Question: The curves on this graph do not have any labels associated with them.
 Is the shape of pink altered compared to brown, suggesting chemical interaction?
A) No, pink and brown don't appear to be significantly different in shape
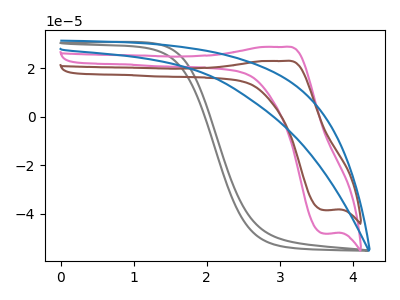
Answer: <think>The gray curve "gray" has no peaks. The pink curve "pink" has an anodic peak at (3.05V, 28.85uA) and a cathodic peak at (3.60V, -48.20uA). The brown curve "brown" has an anodic peak at (3.05V, 23.05uA) and a cathodic peak at (3.60V, -38.55uA). The blue curve "blue" has no peaks.
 All the peaks in "pink" have a peak in "brown" at the same potential. Every peak in "pink" is higher than every peak in "brown".</think>
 <answer>A) No, "pink" and "brown" don't appear to be significantly different in shape</answer>
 <eval>A</eval>